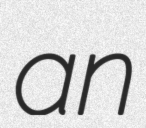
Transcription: an